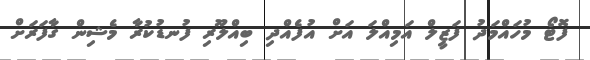
ފޮޓޯ މުހައްމަދު ފަޒީލް އަމިއްލަ އަށް އުފެއްދި ބިއްލޫރި ފުނޑުކުރާ މެޝިން ގާފަރަށް